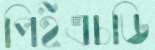
পিইএচডি